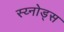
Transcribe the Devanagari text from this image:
स्य्नोड्स